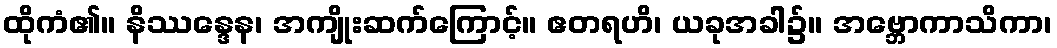
ထိုကံ၏။ နိဿန္ဒေန၊ အကျိုးဆက်ကြောင့်။ ဧတရဟိ၊ ယခုအခါ၌။ အဗ္ဘောကာသိကာ၊